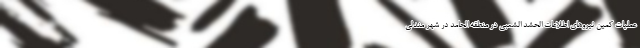
عملیات کمین نیروهای اطلاعات الحشد الشعبی در منطقه الحامد در شهر مندلی